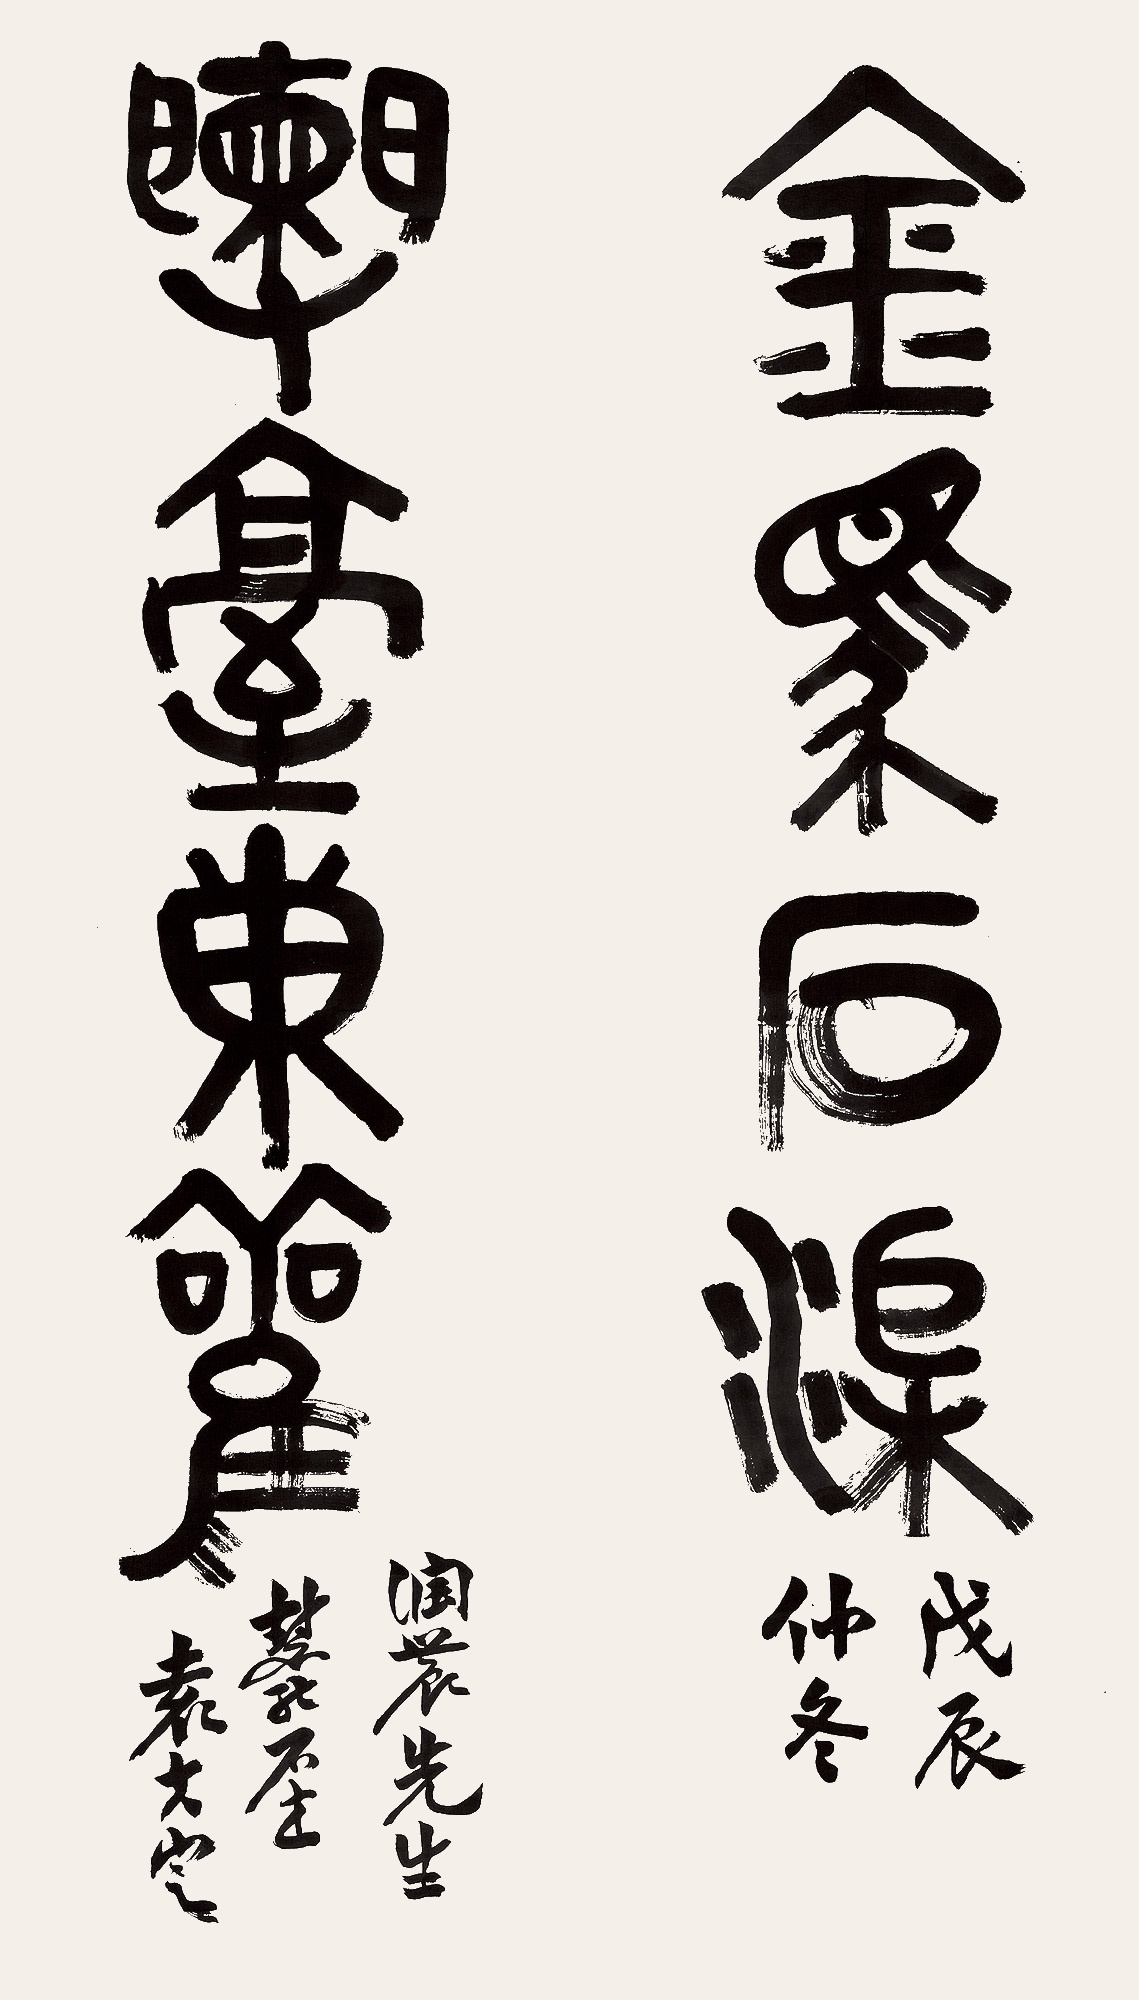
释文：金马石渠，兰台东观。戊辰仲冬，润农先生惠能居士属。袁克定。